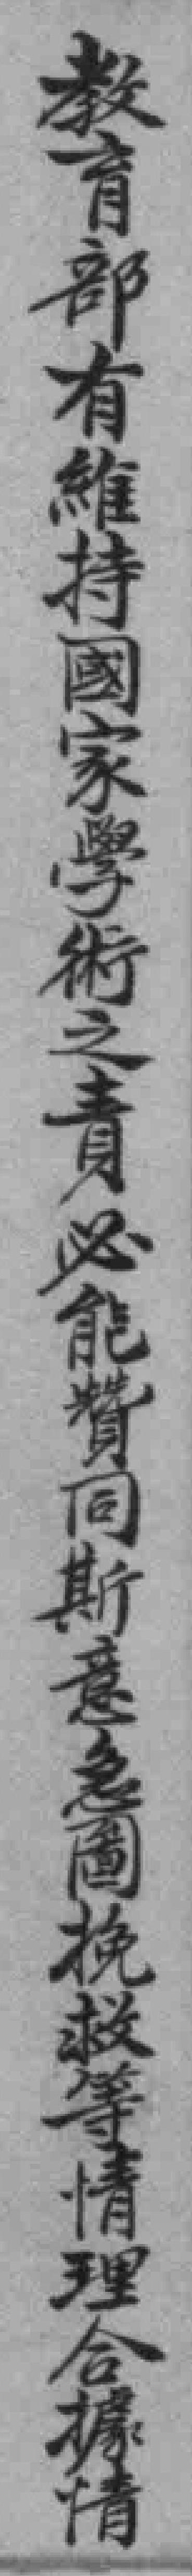
教育部有維持國家學術之責必能贊同斯意急圖挽救等情理合據情